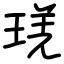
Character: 琷